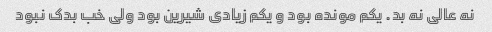
نه عالی نه بد. یکم مونده بود و یکم زیادی شیرین بود ولی خب بدک نبود